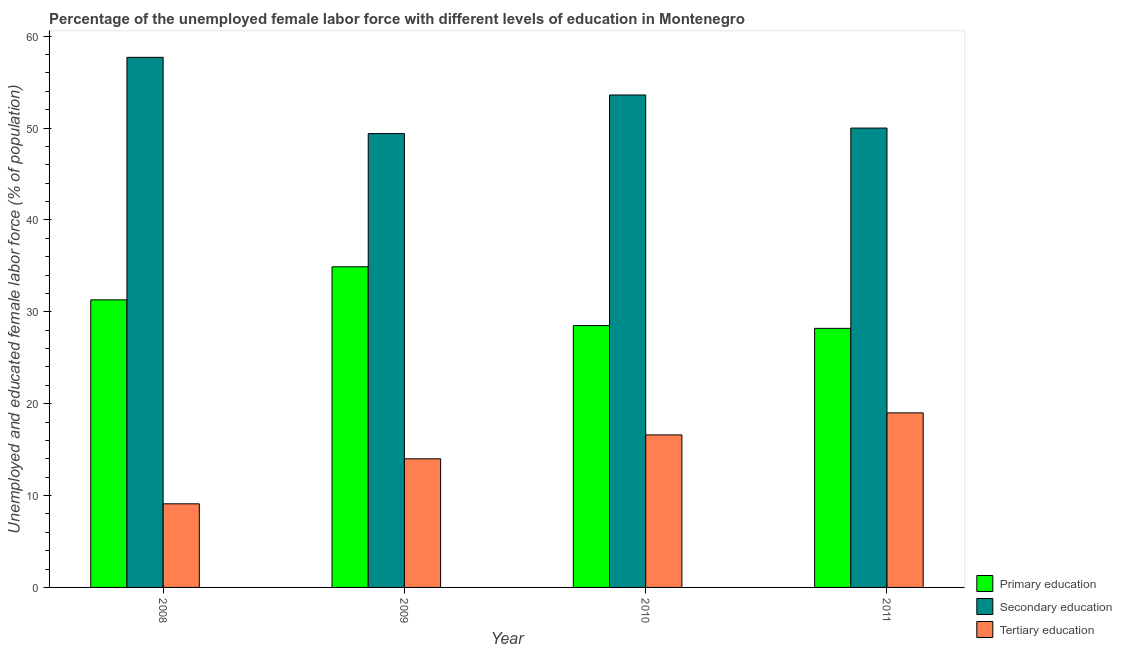
| Year | Primary education | Secondary education | Tertiary education |
 | --- | --- | --- | --- |
 | 2008 | 31.3 | 57.7 | 9.1 |
 | 2009 | 34.9 | 49.4 | 14 |
 | 2010 | 28.5 | 53.6 | 16.6 |
 | 2011 | 28.2 | 50 | 19 |